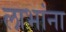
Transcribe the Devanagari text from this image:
लाभांना